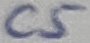
Text: C5